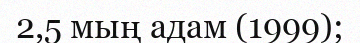
2,5 мың адам (1999);